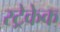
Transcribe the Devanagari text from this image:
स्ट्रेकेक